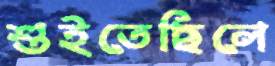
শুইতেছিলে